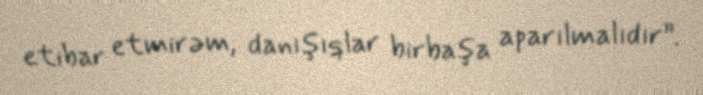
etibar etmirəm, danışıqlar birbaşa aparılmalıdır”.